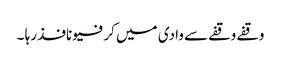
وقفے وقفے سے وادی میں کرفیو نافذ رہا ۔